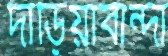
দাড়িয়াবান্দা